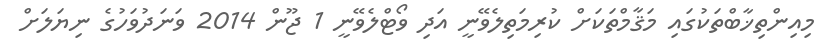
މިއިންތިޚާބްތަކުގައި މަޤާމްތަކަށް ކުރިމަތިލެވޭނީ އަދި ވޯޓްލެވޭނީ 1 ޖޫން 2014 ވަނަދުވަހުގެ ނިޔަލަށް